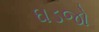
ઘડજો